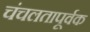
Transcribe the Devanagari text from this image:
चंचलतापूर्वक